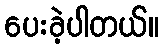
ပေးခဲ့ပါတယ်။